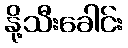
နို့သီးခေါင်း